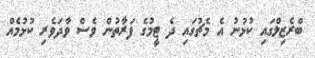
ބްރެޒިލްގައި ކުޅުނު އެ މެޗުގައި ދެ ޓީމުގެ ފަރާތުން ވެސް ވާދަވެރި ކުޅުމެއް